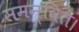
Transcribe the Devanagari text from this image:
समन्वित।